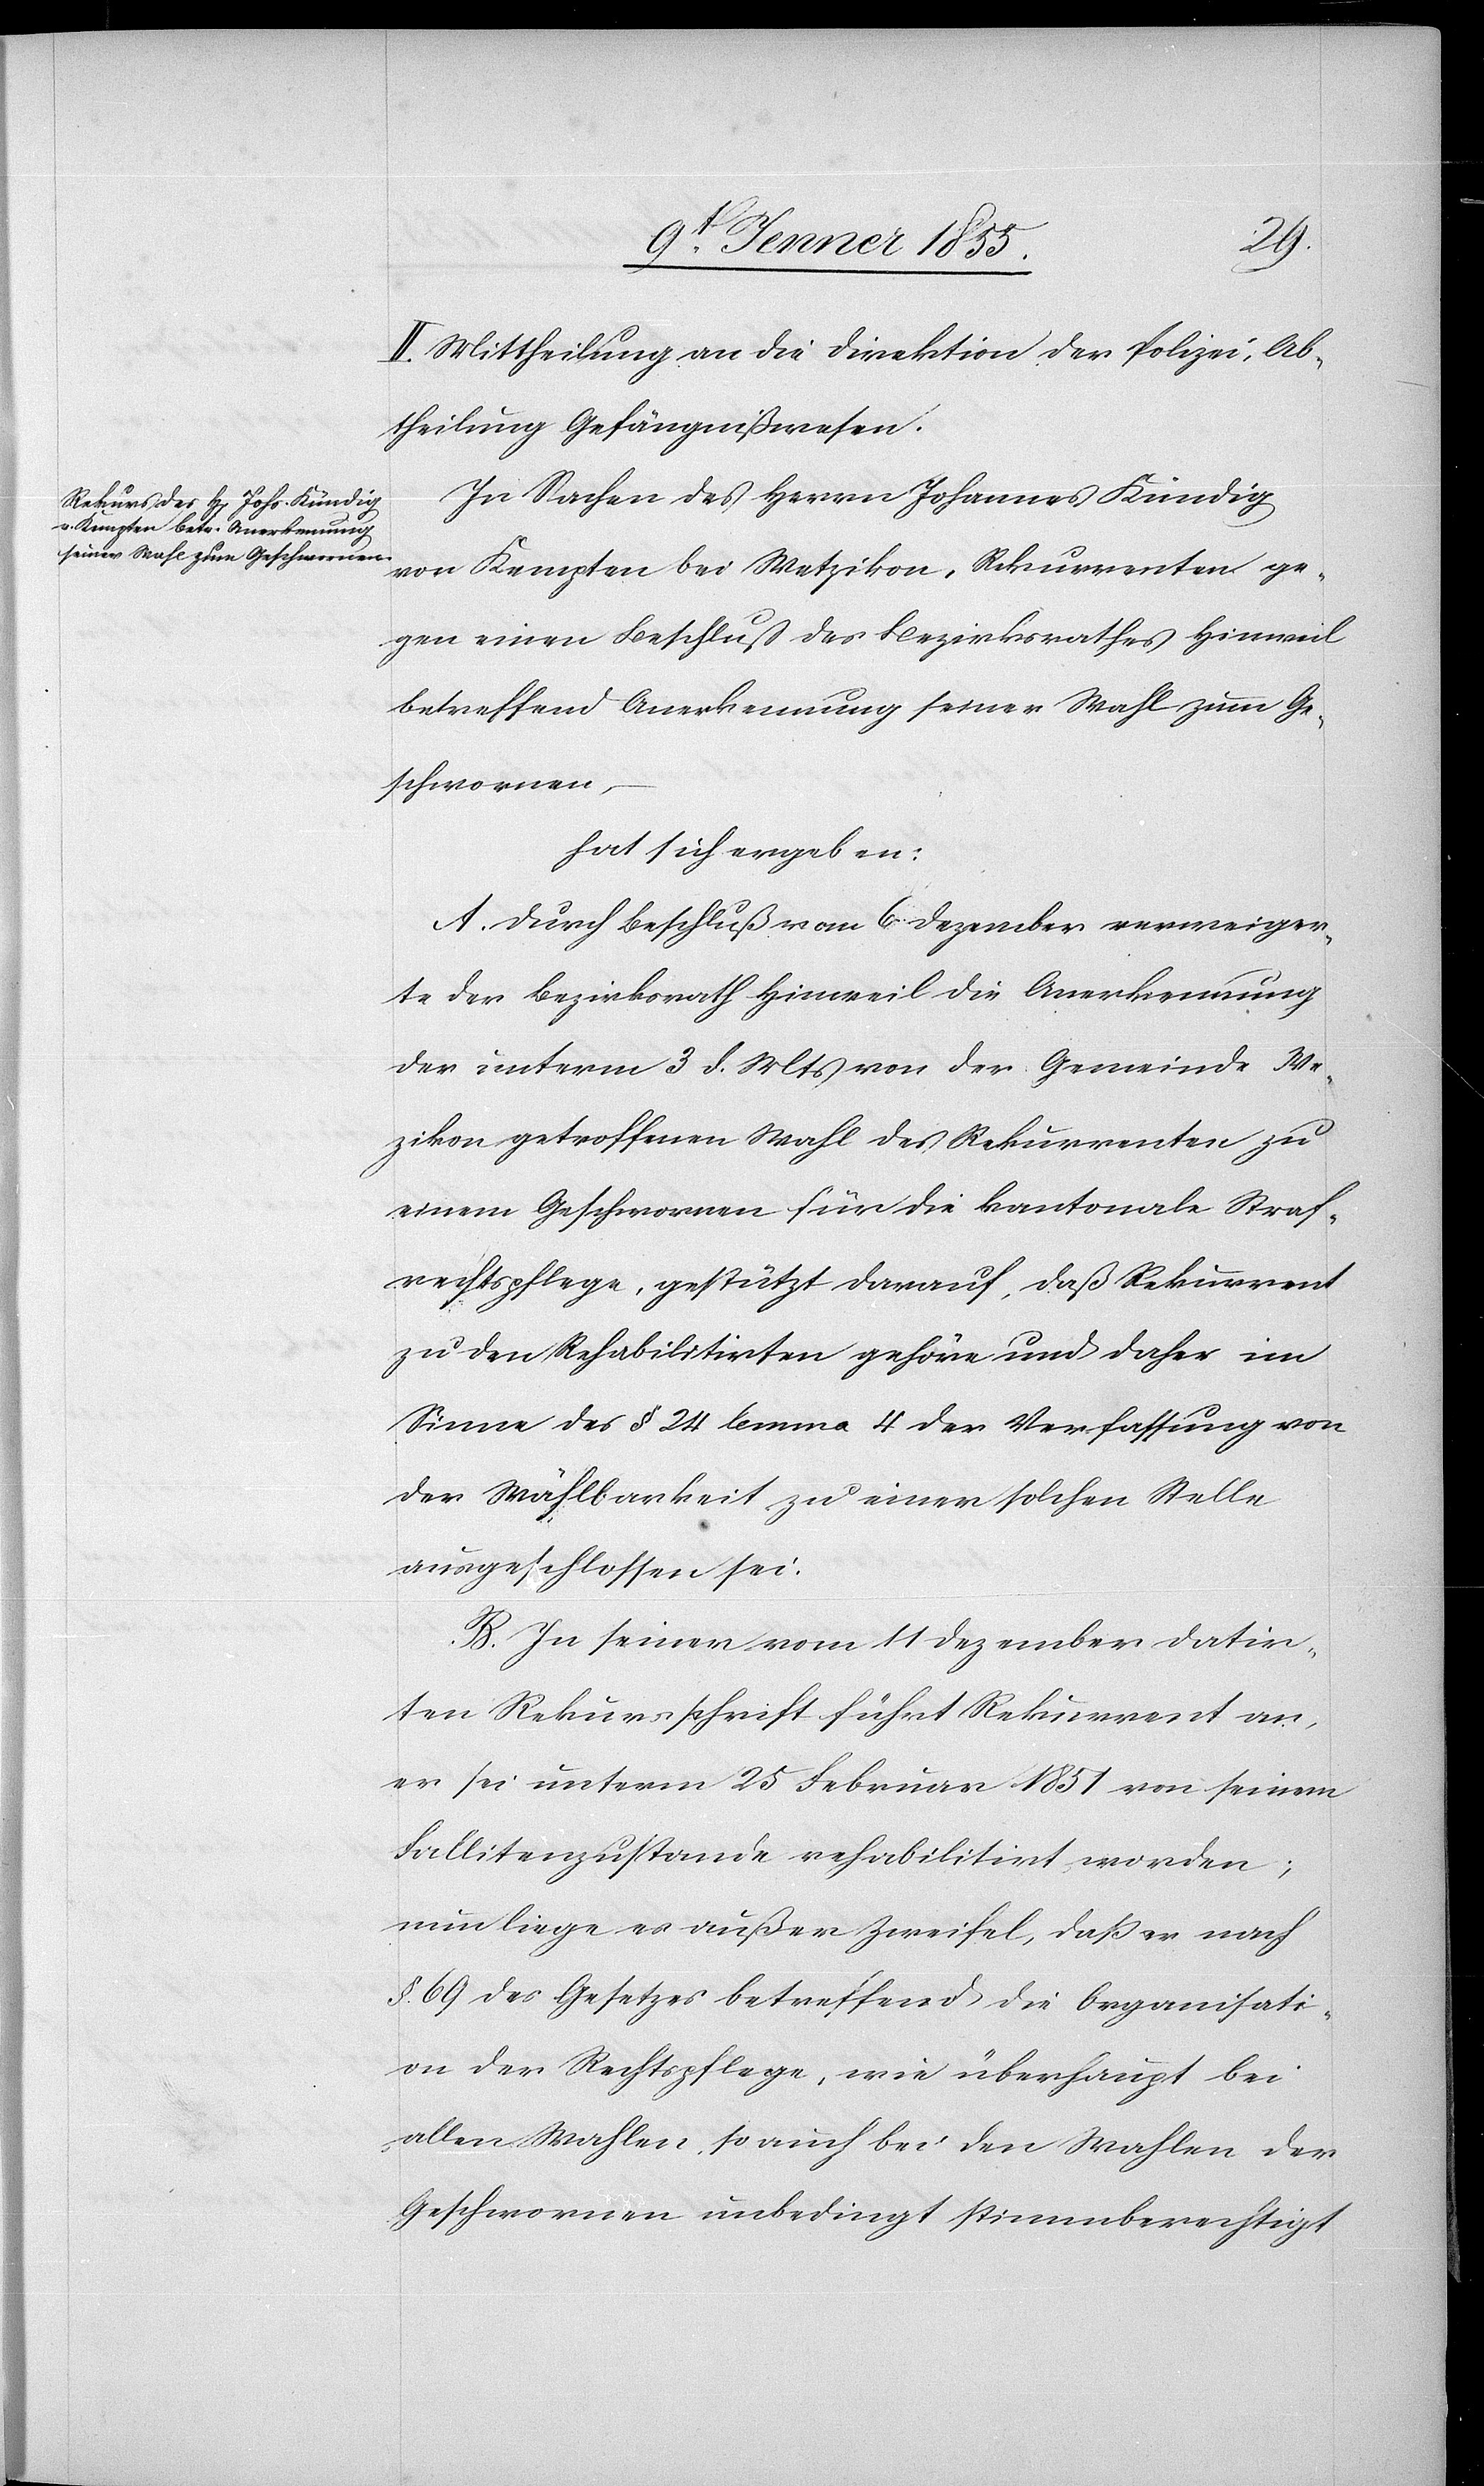
II. Mittheilung an die Direktion der Polizei, Ab¬
theilung Gefängnißwesen.
In Sachen des Herrn Johannes Kündig
von Kempten bei Wetzikon, Rekurrenten ge¬
gen einen Beschluss des Bezirksrathes Hinweil
betreffend Anerkennung seiner Wahl zum Ge¬
schwornen,
hat sich ergeben:
A. Durch Beschluß vom 6 Dezember verweiger¬
te der Bezirksrath Hinweil die Anerkennung
der unterm 3 d. Mts von der Gemeinde We¬
zikon getroffenen Wahl des Rekurrenten zu
einem Geschwornen für die kantonale Straf¬
rechtspflege, gestützt darauf, daß Rekurrent
zu den Rehabilitirten gehöre und daher im
Sinne des § 24 lemma 4 der Verfassung von
der Wählbarkeit zu einer solchen Stelle
ausgeschlossen sei.
B. In seiner vom 11 Dezember datir¬
ten Rekursschrift führt Rekurrent an,
er sei unterm 25 Februar 1851 von seinem
Fallitenzustande rehabilitirt worden;
nun liege es außer Zweifel, daß er nach
§. 69 des Gesetzes betreffend die Organisati¬
on der Rechtspflege, wie überhaupt bei
allen Wahlen so auch bei den Wahlen der
Geschwornen unbedingt stimmberechtigt